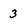
Character: 3